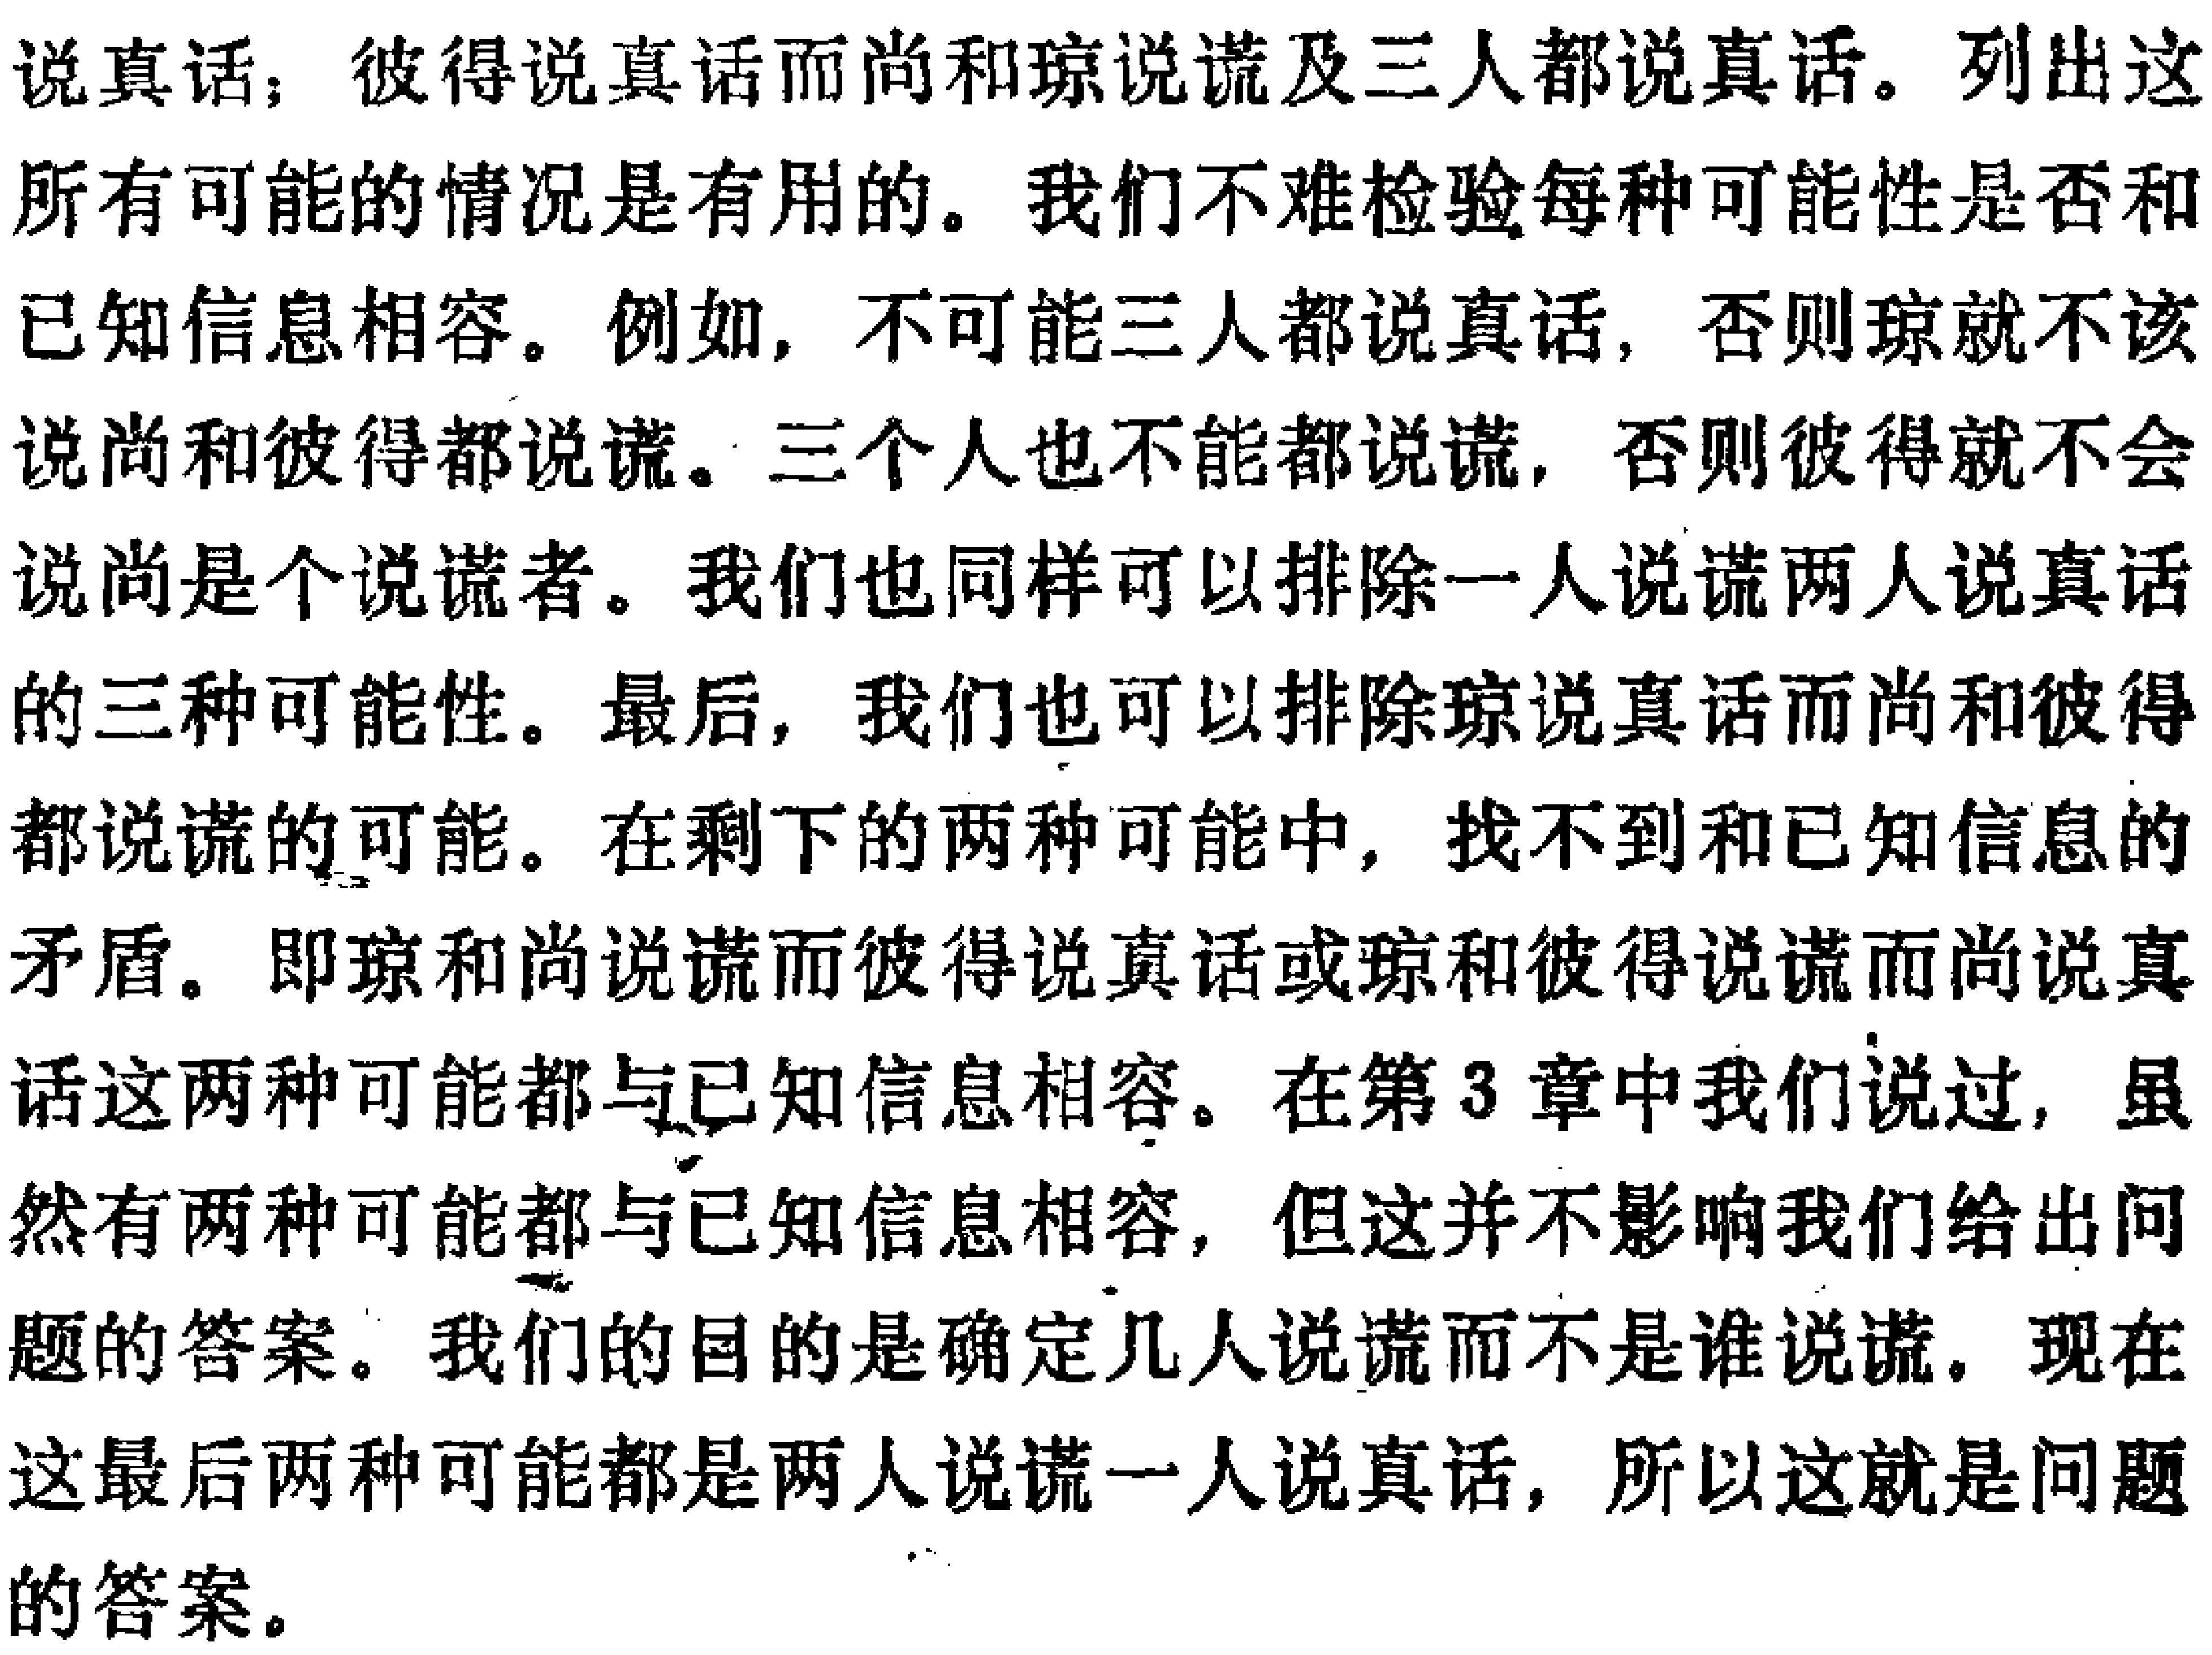
说真话；彼得说真话而尚和琼说谎及三人都说真话。列出这所有可能的情况是有用的。我们不难检验每种可能性是否和已知信息相容。例如，不可能三人都说真话，否则琼就不该说尚和彼得都说谎。三个人也不能都说谎，否则彼得就不会说尚是个说谎者。我们也同样可以排除一人说谎两人说真话的三种可能性。最后，我们也可以排除琼说真话而尚和彼得都说谎的可能。在剩下的两种可能中，找不到和已知信息的矛盾。即琼和尚说谎而彼得说真话或琼和彼得说谎而尚说真话这两种可能都与已知信息相容。在第3章中我们说过，虽然有两种可能都与已知信息相容，但这并不影响我们给出问题的答案。我们的目的是确定几人说谎而不是谁说谎。现在这最后两种可能都是两人说谎一人说真话，所以这就是问题的答案。